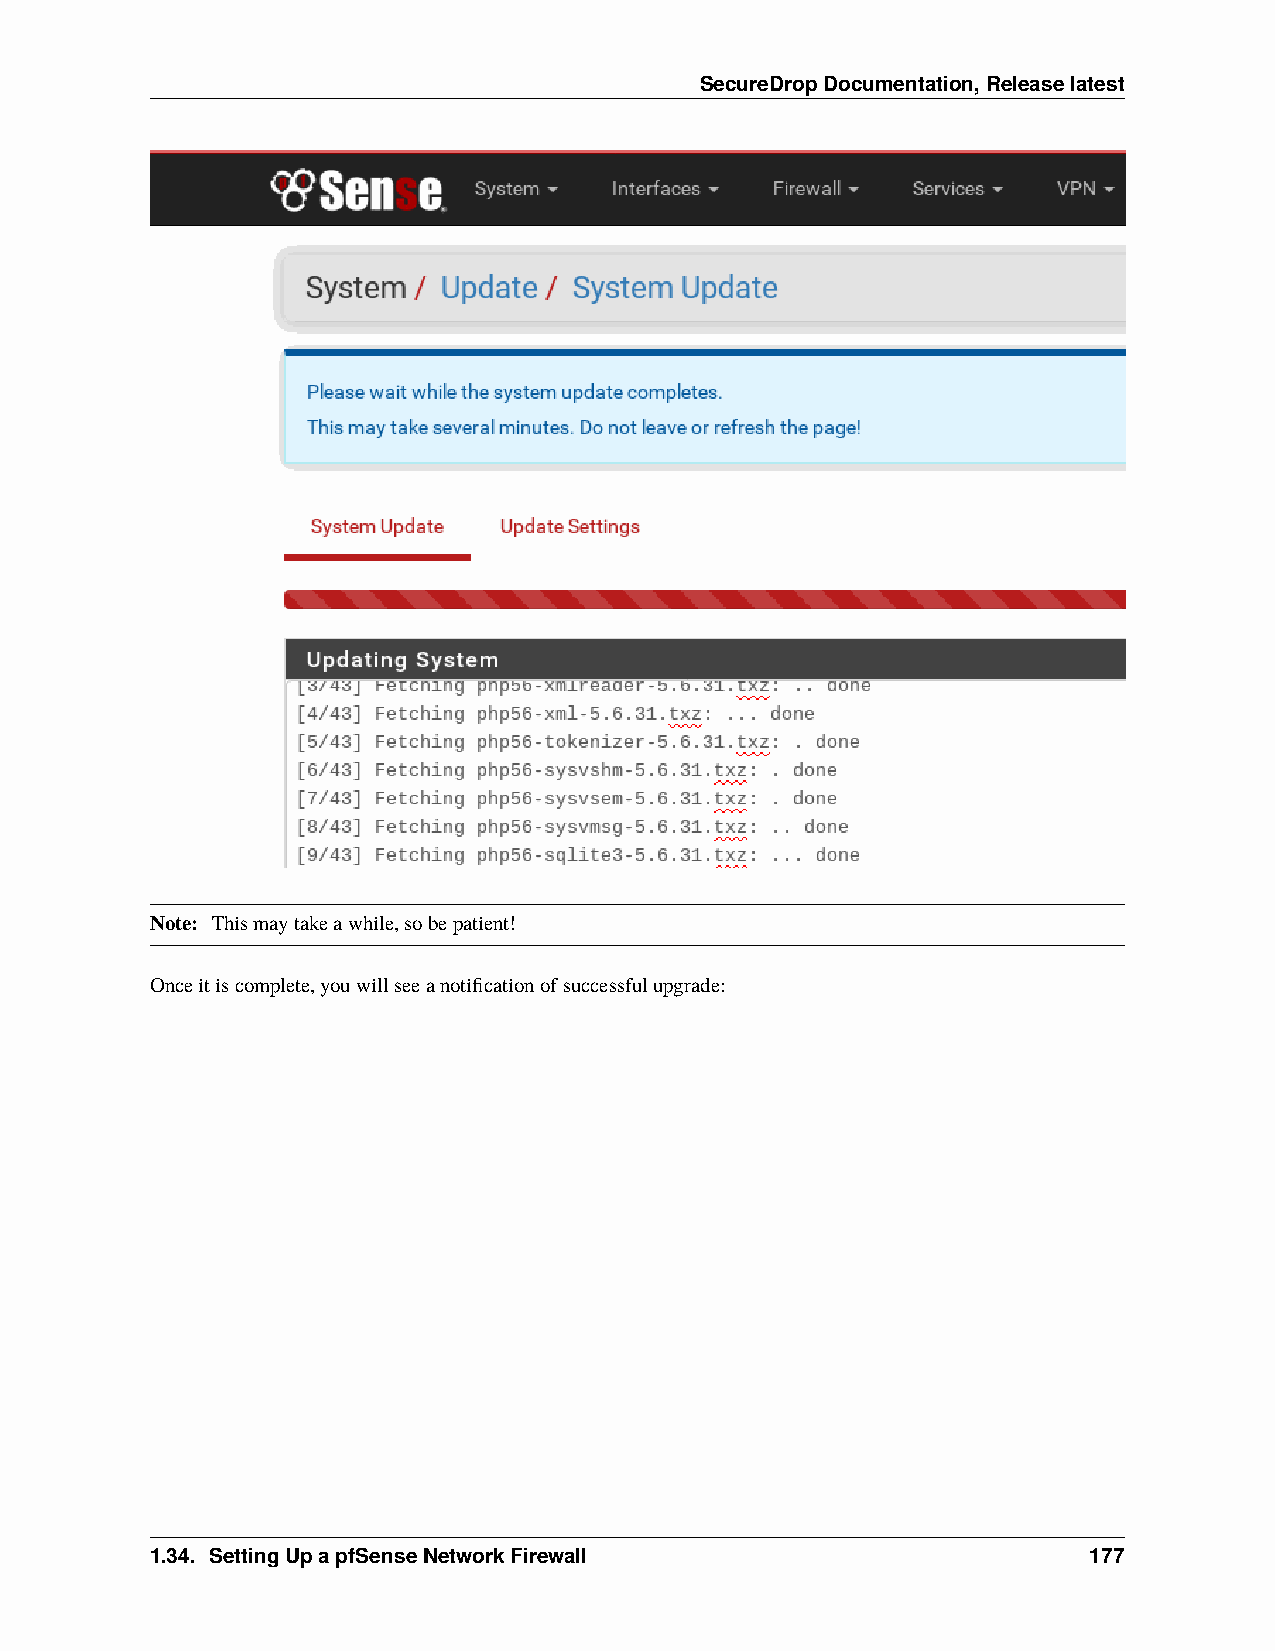
SecureDropDocumentation,Releaselatest
 Note: Thismaytakeawhile,sobepatient!
 Onceitiscomplete,youwillseeanotificationofsuccessfulupgrade:
 1.34. SettingUpapfSenseNetworkFirewall                        177